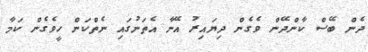
ދެން ބޭސް ކާންދޭން ވެގެން ދިޔައިރު އޭނާ އެތަނުގައި ނެތްކަން ހީވެގެން ކަމާ